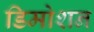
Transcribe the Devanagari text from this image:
डिमोशन